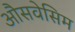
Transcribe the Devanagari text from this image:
औसवेसिम